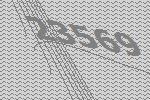
23569